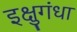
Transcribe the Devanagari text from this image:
इक्षुगंधा